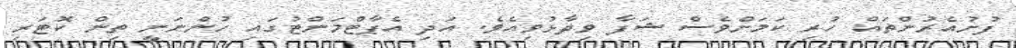
ފުށުއެރުންތައް ހުރި ކަމަށްވެސް ޝަފާ ވިދާޅުވިއެވެ. އަދި އެޕާޓްމަންޓުގައި ހުންނަނީ ތިން ކޮޓަރި